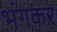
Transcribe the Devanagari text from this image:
भंगकर